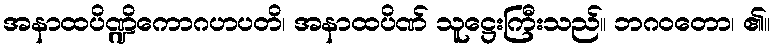
အနာထပိဏ္ဍိကောဂဟပတိ၊ အနာထပိဏ် သူဋ္ဌေးကြီးသည်။ ဘဂဝတော၊ ၏။